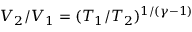
V _ { 2 } / V _ { 1 } = ( T _ { 1 } / T _ { 2 } ) ^ { 1 / ( \gamma - 1 ) }